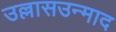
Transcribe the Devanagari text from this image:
उल्लासउन्माद